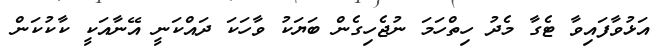
އަޅުވާފައިވާ ޓެގާ މެދު ހިތްހަމަ ނުޖެހިގެން ބަޔަކު ވާހަކަ ދައްކަނީ އޭނާއަކީ ކާކުކަން